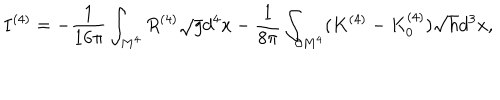
I ^ { ( 4 ) } = - { \frac { 1 } { 1 6 \pi } } \int _ { M ^ { 4 } } ^ { } R ^ { ( 4 ) } \sqrt { g } d ^ { 4 } x - { \frac { 1 } { 8 \pi } } \int _ { \partial M ^ { 4 } } ^ { } ( K ^ { ( 4 ) } - K _ { 0 } ^ { ( 4 ) } ) \sqrt { h } d ^ { 3 } x ,